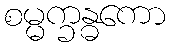
စမ္မက္ခန္ဓကော